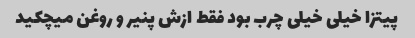
پیتزا خیلى خیلى چرب بود فقط ازش پنیر و روغن میچکید